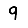
Digit: 9